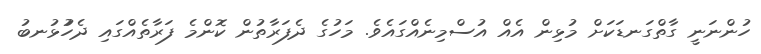
ހުންނަނީ ގާތްގަނޑަކަށް މުޅިން އެއް އުސްމިނެއްގައެވެ. މަހުގެ ދެފަރާތުން ކޮންމެ ފަރާތެއްގައި ދެހުުޅުނބު